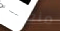
منعشة